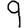
Digit: 9